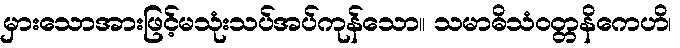
မှားသောအားဖြင့်မသုံးသပ်အပ်ကုန်သော။ သမာဓိသံဝတ္တနိကေဟိ၊